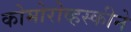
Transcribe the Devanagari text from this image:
कोमोरोव्हस्कीने